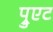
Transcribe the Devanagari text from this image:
प्रुएट